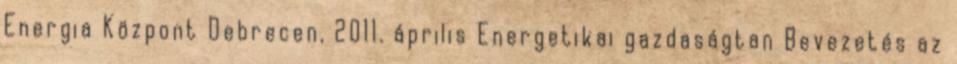
Energia Központ Debrecen, 2011. április Energetikai gazdaságtan Bevezetés az